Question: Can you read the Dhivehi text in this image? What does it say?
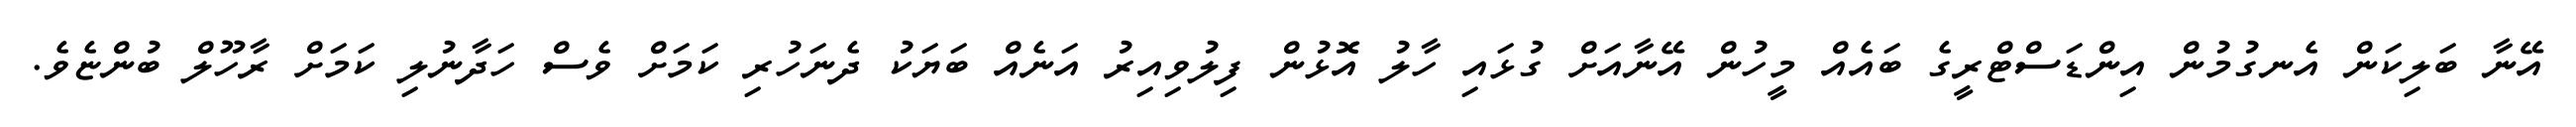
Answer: އޭނާ ބަލިކަން އެނގުމުން އިންޑަސްޓްރީގެ ބައެއް މީހުން އޭނާއަށް ގުޅައި ހާލު އޮޅުން ފިލުވިއިރު އަނެއް ބަޔަކު ދެނަހުރި ކަމަށް ވެސް ހަދާނުލި ކަމަށް ރާހޫލް ބުންޏެވެ.